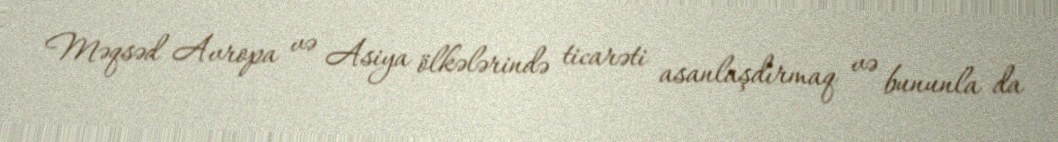
Məqsəd Avropa və Asiya ölkələrində ticarəti asanlaşdırmaq və bununla da